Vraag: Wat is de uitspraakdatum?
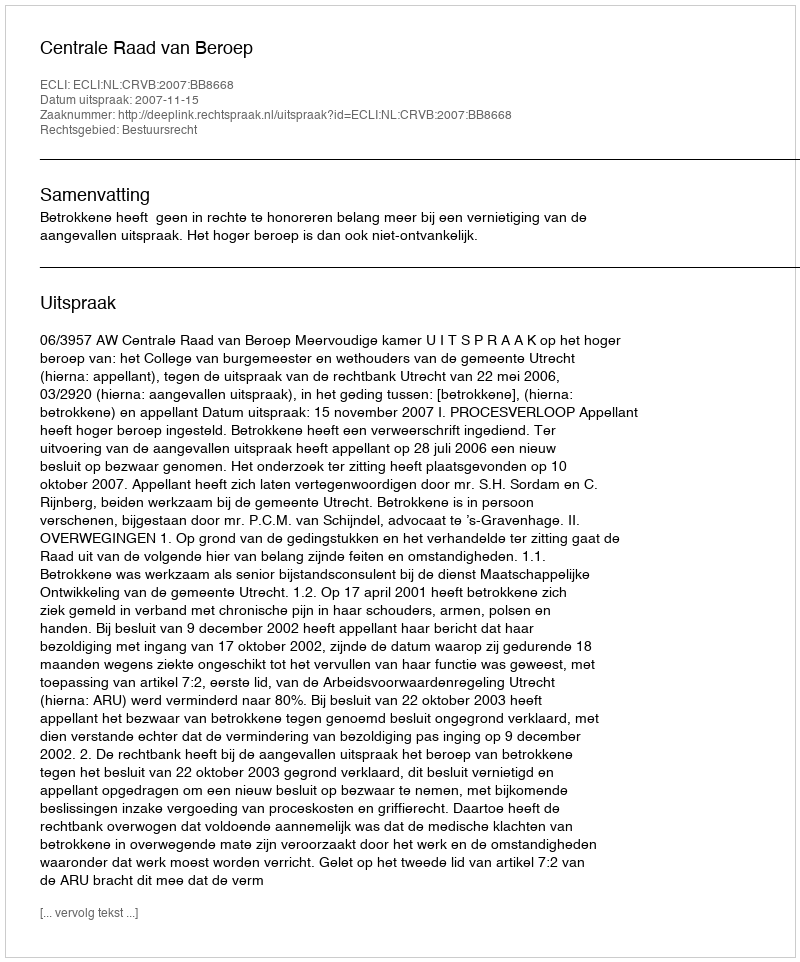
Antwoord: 2007-11-15